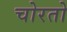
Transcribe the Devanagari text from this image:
चोरतो